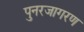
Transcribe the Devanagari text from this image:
पुनरजागरण